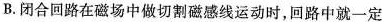
B.闭合回路在磁场中做切割磁感线运动时，回路中就一定